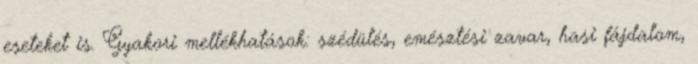
eseteket is. Gyakori mellékhatások: szédülés, emésztési zavar, hasi fájdalom,